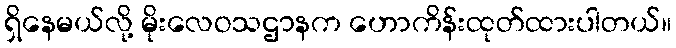
ရှိနေမယ်လို့ မိုးလေဝသဌာနက ဟောကိန်းထုတ်ထားပါတယ်။